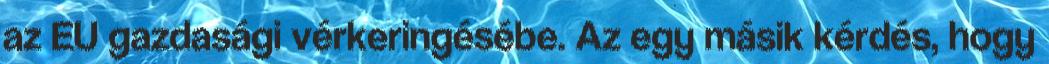
az EU gazdasági vérkeringésébe. Az egy másik kérdés, hogy